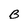
Character: B